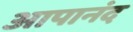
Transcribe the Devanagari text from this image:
आपानंद